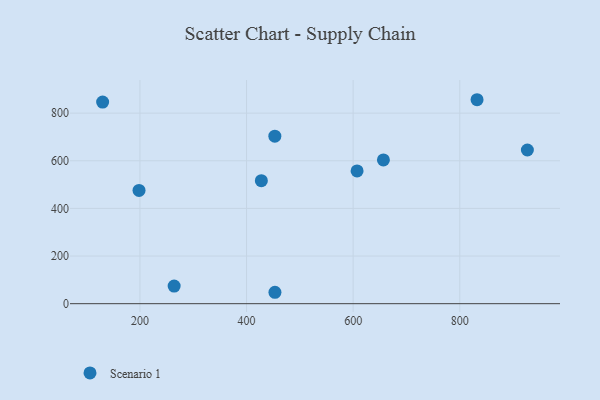
{"axis": {"x": "Price", "y": "Exam Score"}, "legend": ["Scenario 1"], "data": [{"x": "453.3", "y": 47.9, "type": "Scenario 1"}, {"x": "832.5", "y": 856.4, "type": "Scenario 1"}, {"x": "656.8", "y": 603.7, "type": "Scenario 1"}, {"x": "427.8", "y": 516.5, "type": "Scenario 1"}, {"x": "607.4", "y": 557.3, "type": "Scenario 1"}, {"x": "264.2", "y": 74.0, "type": "Scenario 1"}, {"x": "198.3", "y": 475.6, "type": "Scenario 1"}, {"x": "926.9", "y": 645.4, "type": "Scenario 1"}, {"x": "130.0", "y": 846.6, "type": "Scenario 1"}, {"x": "453.1", "y": 703.5, "type": "Scenario 1"}]}